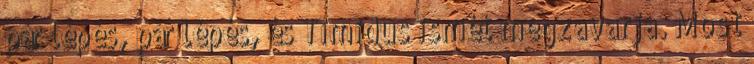
pár lépés, pár lépés, és Timidus ismét megzavarja. Most